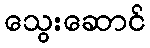
သွေးဆောင်